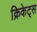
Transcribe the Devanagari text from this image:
क्रिकेट्स